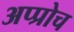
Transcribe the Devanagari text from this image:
अप्प्रोच